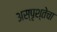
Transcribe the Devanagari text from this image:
अस्पृश्तेचा